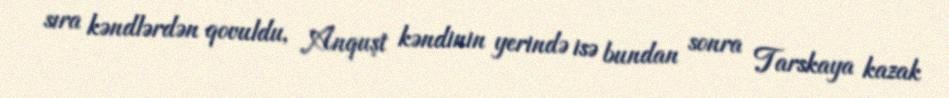
sıra kəndlərdən qovuldu, Anquşt kəndinin yerində isə bundan sonra Tarskaya kazak